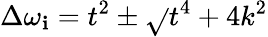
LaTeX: \Delta\omega_{\mathbf{i}}=t^{2}\pm\sqrt{}{{t^{4}+4k^{2}}}